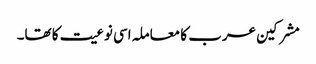
مشرکین عرب کا معاملہ اسی نوعیت کا تھا۔